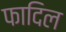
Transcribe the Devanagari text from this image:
फादिल